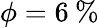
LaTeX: \phi=6\: \%